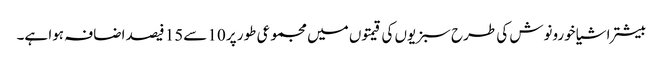
بیشتر اشیا خورونوش کی طرح سبزیوں کی قیمتوں میں مجموعی طور پر 10 سے15 فیصد اضافہ ہوا ہے۔